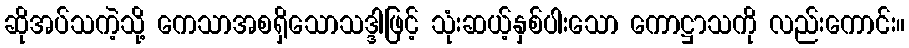
ဆိုအပ်သကဲ့သို့ ကေသာအစရှိသောသဒ္ဒါဖြင့် သုံးဆယ့်နှစ်ပါးသော ကောဋ္ဌာသကို လည်းကောင်း။